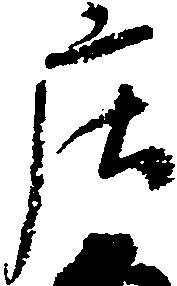
庄